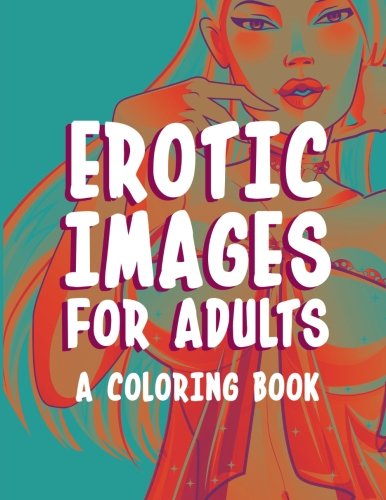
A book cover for Erotic Images for Adults: A Coloring Book; Mdk Publications; Arts & Photography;